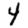
Digit: 4